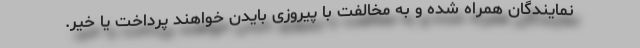
نمایندگان همراه شده و به مخالفت با پیروزی بایدن خواهند پرداخت یا خیر.